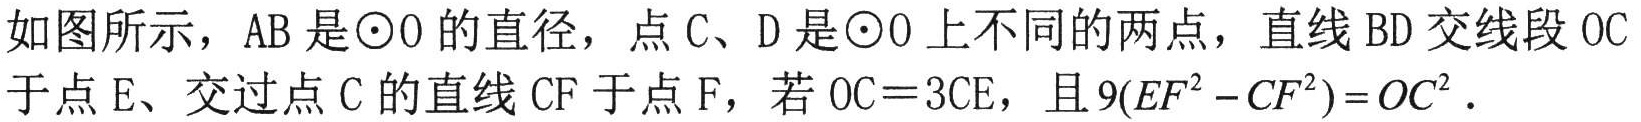
如图所示，AB是\(\odot O\)的直径，点C、D是\(\odot O\)上不同的两点，直线BD交线段OC于点E、交过点C的直线CF于点F，若\(OC = 3CE\)，且\(9(EF^{2}-CF^{2})=OC^{2}\)．